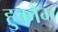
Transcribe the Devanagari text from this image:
हुकौंग